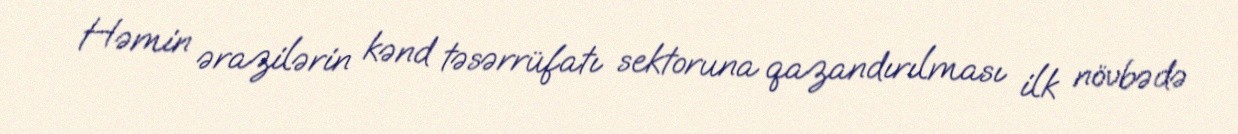
Həmin ərazilərin kənd təsərrüfatı sektoruna qazandırılması ilk növbədə